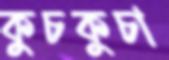
কুচকুচা